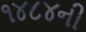
૧૪૮૪ની